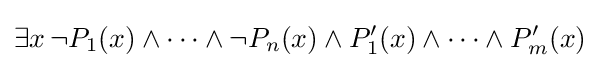
\exists x\,\neg P_{1}(x)\land \cdots \land \neg P_{n}(x)\land P'_{1}(x)\land \cdots \land P'_{m}(x)